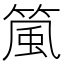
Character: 𬕜